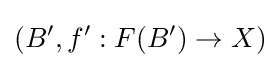
(B',f':F(B')\to X)